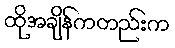
ထိုအချိန်ကတည်းက